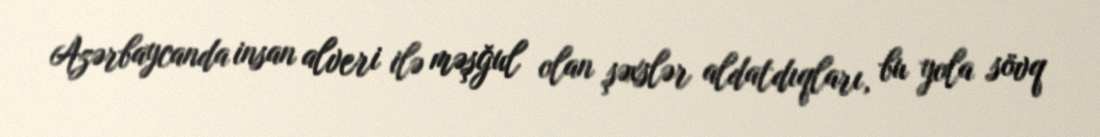
Azərbaycanda insan alveri ilə məşğul olan şəxslər aldatdıqları, bu yola sövq